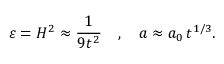
\varepsilon = H ^ { 2 } \approx \frac { 1 } { 9 t ^ { 2 } } \quad , \quad a \approx a _ { 0 } \, t ^ { 1 / 3 } .